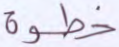
خطوة